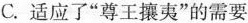
C.适应了”尊王攘夷”的需要